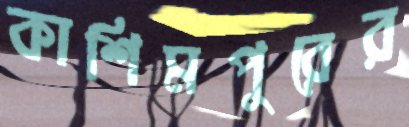
কাশিমপুরের